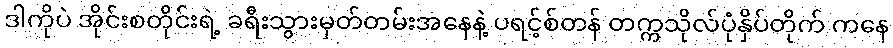
ဒါကိုပဲ အိုင်းစတိုင်းရဲ့ ခရီးသွားမှတ်တမ်းအနေနဲ့ ပရင့်စ်တန် တက္ကသိုလ်ပုံနှိပ်တိုက် ကနေ